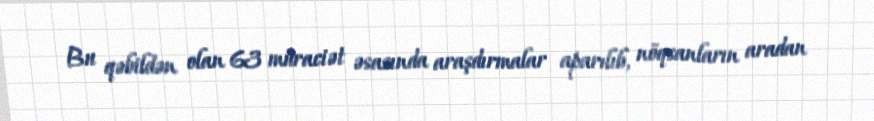
Bu qəbildən olan 63 müraciət əsasında araşdırmalar aparılıb, nöqsanların aradan